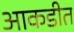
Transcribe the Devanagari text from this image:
आकडीत